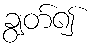
ချွတ်၍